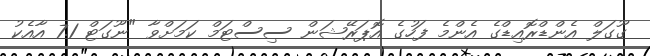
ގޫގަލް އެންޑްރޮއިޑްގެ އެންމެ ފަހުގެ އޮޕަރޭޝަން ސިސްޓަމް ކަމަށްވާ "ނޫގަޓް 7.1 އާއެކު